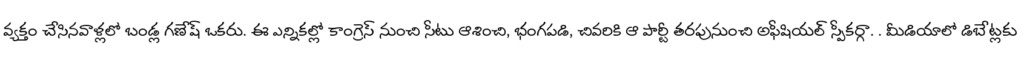
వ్యక్తం చేసినవాళ్లలో బండ్ల గణేష్ ఒకరు. ఈ ఎన్నికల్లో కాంగ్రెస్ నుంచి సీటు ఆశించి, భంగపడి, చివరికి ఆ పార్టీ తరపునుంచి అఫీషియల్ స్పీకర్గా. . మీడియాలో డిబేట్లకు